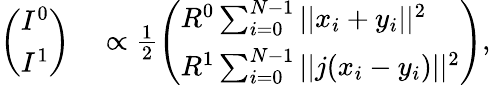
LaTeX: \begin{array}{rl}{\left(\begin{array}{l}{I^{0}}\\ {I^{1}}\end{array}\right)}&{{}\propto\frac{1}{2}\left(\begin{array}{l}{R^{0}\sum_{i=0}^{N-1}||x_{i}+y_{i}||^{2}}\\ {R^{1}\sum_{i=0}^{N-1}||j(x_{i}-y_{i})||^{2}}\end{array}\right)}\end{array},